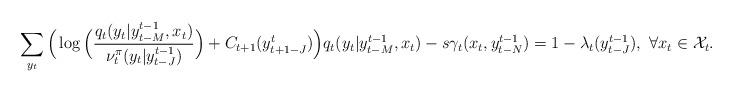
LaTeX: \begin{align*}\sum_{y_{t}}\Big(\log\Big(\frac{q_t(y_t|y^{t-1}_{t-M},x_t)}{\nu^{\pi}_{t}(y_t|y^{t-1}_{t-J})}\Big)+C_{t+1}(y^t_{t+1-J})\Big)q_t(y_t|y^{t-1}_{t-M},x_t)-s\gamma_t(x_t,y^{t-1}_{t-N})=1-\lambda_t(y^{t-1}_{t-J}),~\forall{x_t}\in{\cal X}_t.\end{align*}